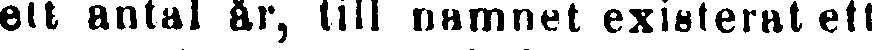
ett antal år, till namnet existerat ett